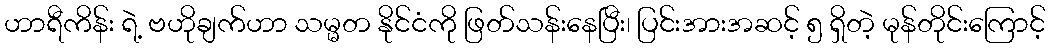
ဟာရီကိန်း ရဲ့ ဗဟိုချက်ဟာ သမ္မတ နိုင်ငံကို ဖြတ်သန်းနေပြီး၊ ပြင်းအားအဆင့် ၅ ရှိတဲ့ မုန်တိုင်းကြောင့်